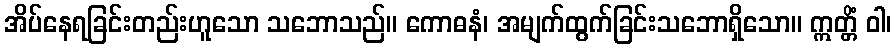
အိပ်နေရခြင်းတည်းဟူသော သဘောသည်။ ကောဓနံ၊ အမျက်ထွက်ခြင်းသဘောရှိသော။ ဣတ္တိံ ဝါ၊